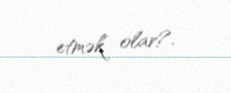
etmək olar?.